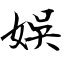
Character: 娛